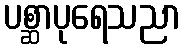
ပစ္ဆာပုရေသညာ